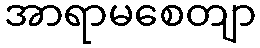
အာရာမစေတျာ